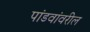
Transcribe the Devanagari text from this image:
पांडवांवरील